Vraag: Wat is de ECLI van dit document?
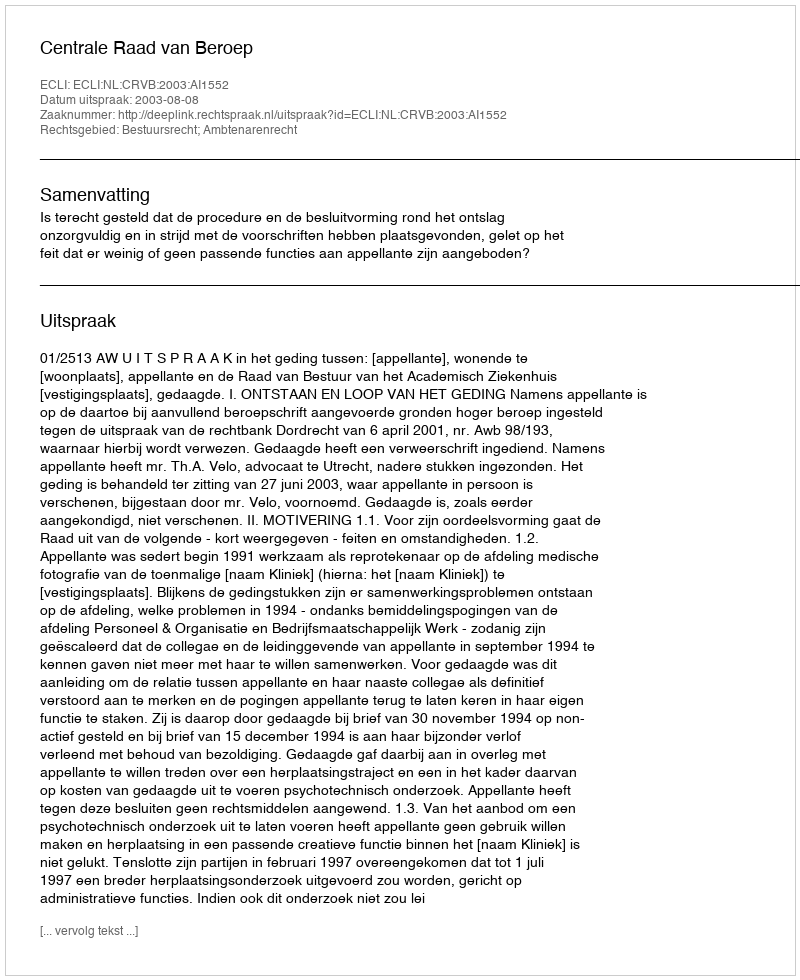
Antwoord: ECLI:NL:CRVB:2003:AI1552